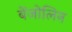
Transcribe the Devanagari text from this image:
बेंजोलिन